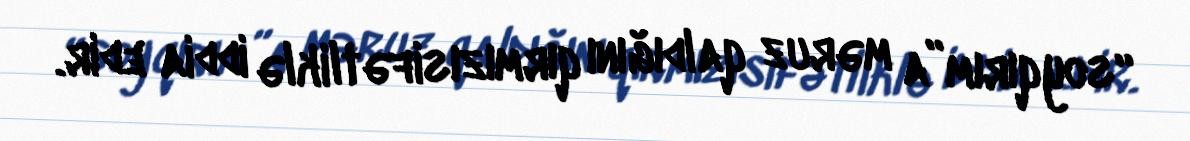
“soyqırım”a məruz qaldığını qırmızısifətliklə iddia edir.